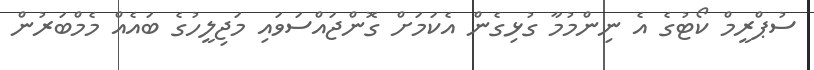
ސުޕްރީމް ކޯޓުގެ އެ ނިންމުމާ ގުޅިގެން އެކަމަށް ގޮންޖައްސަވައި މަޖިލީހުގެ ބައެއް މެމްބަރުން